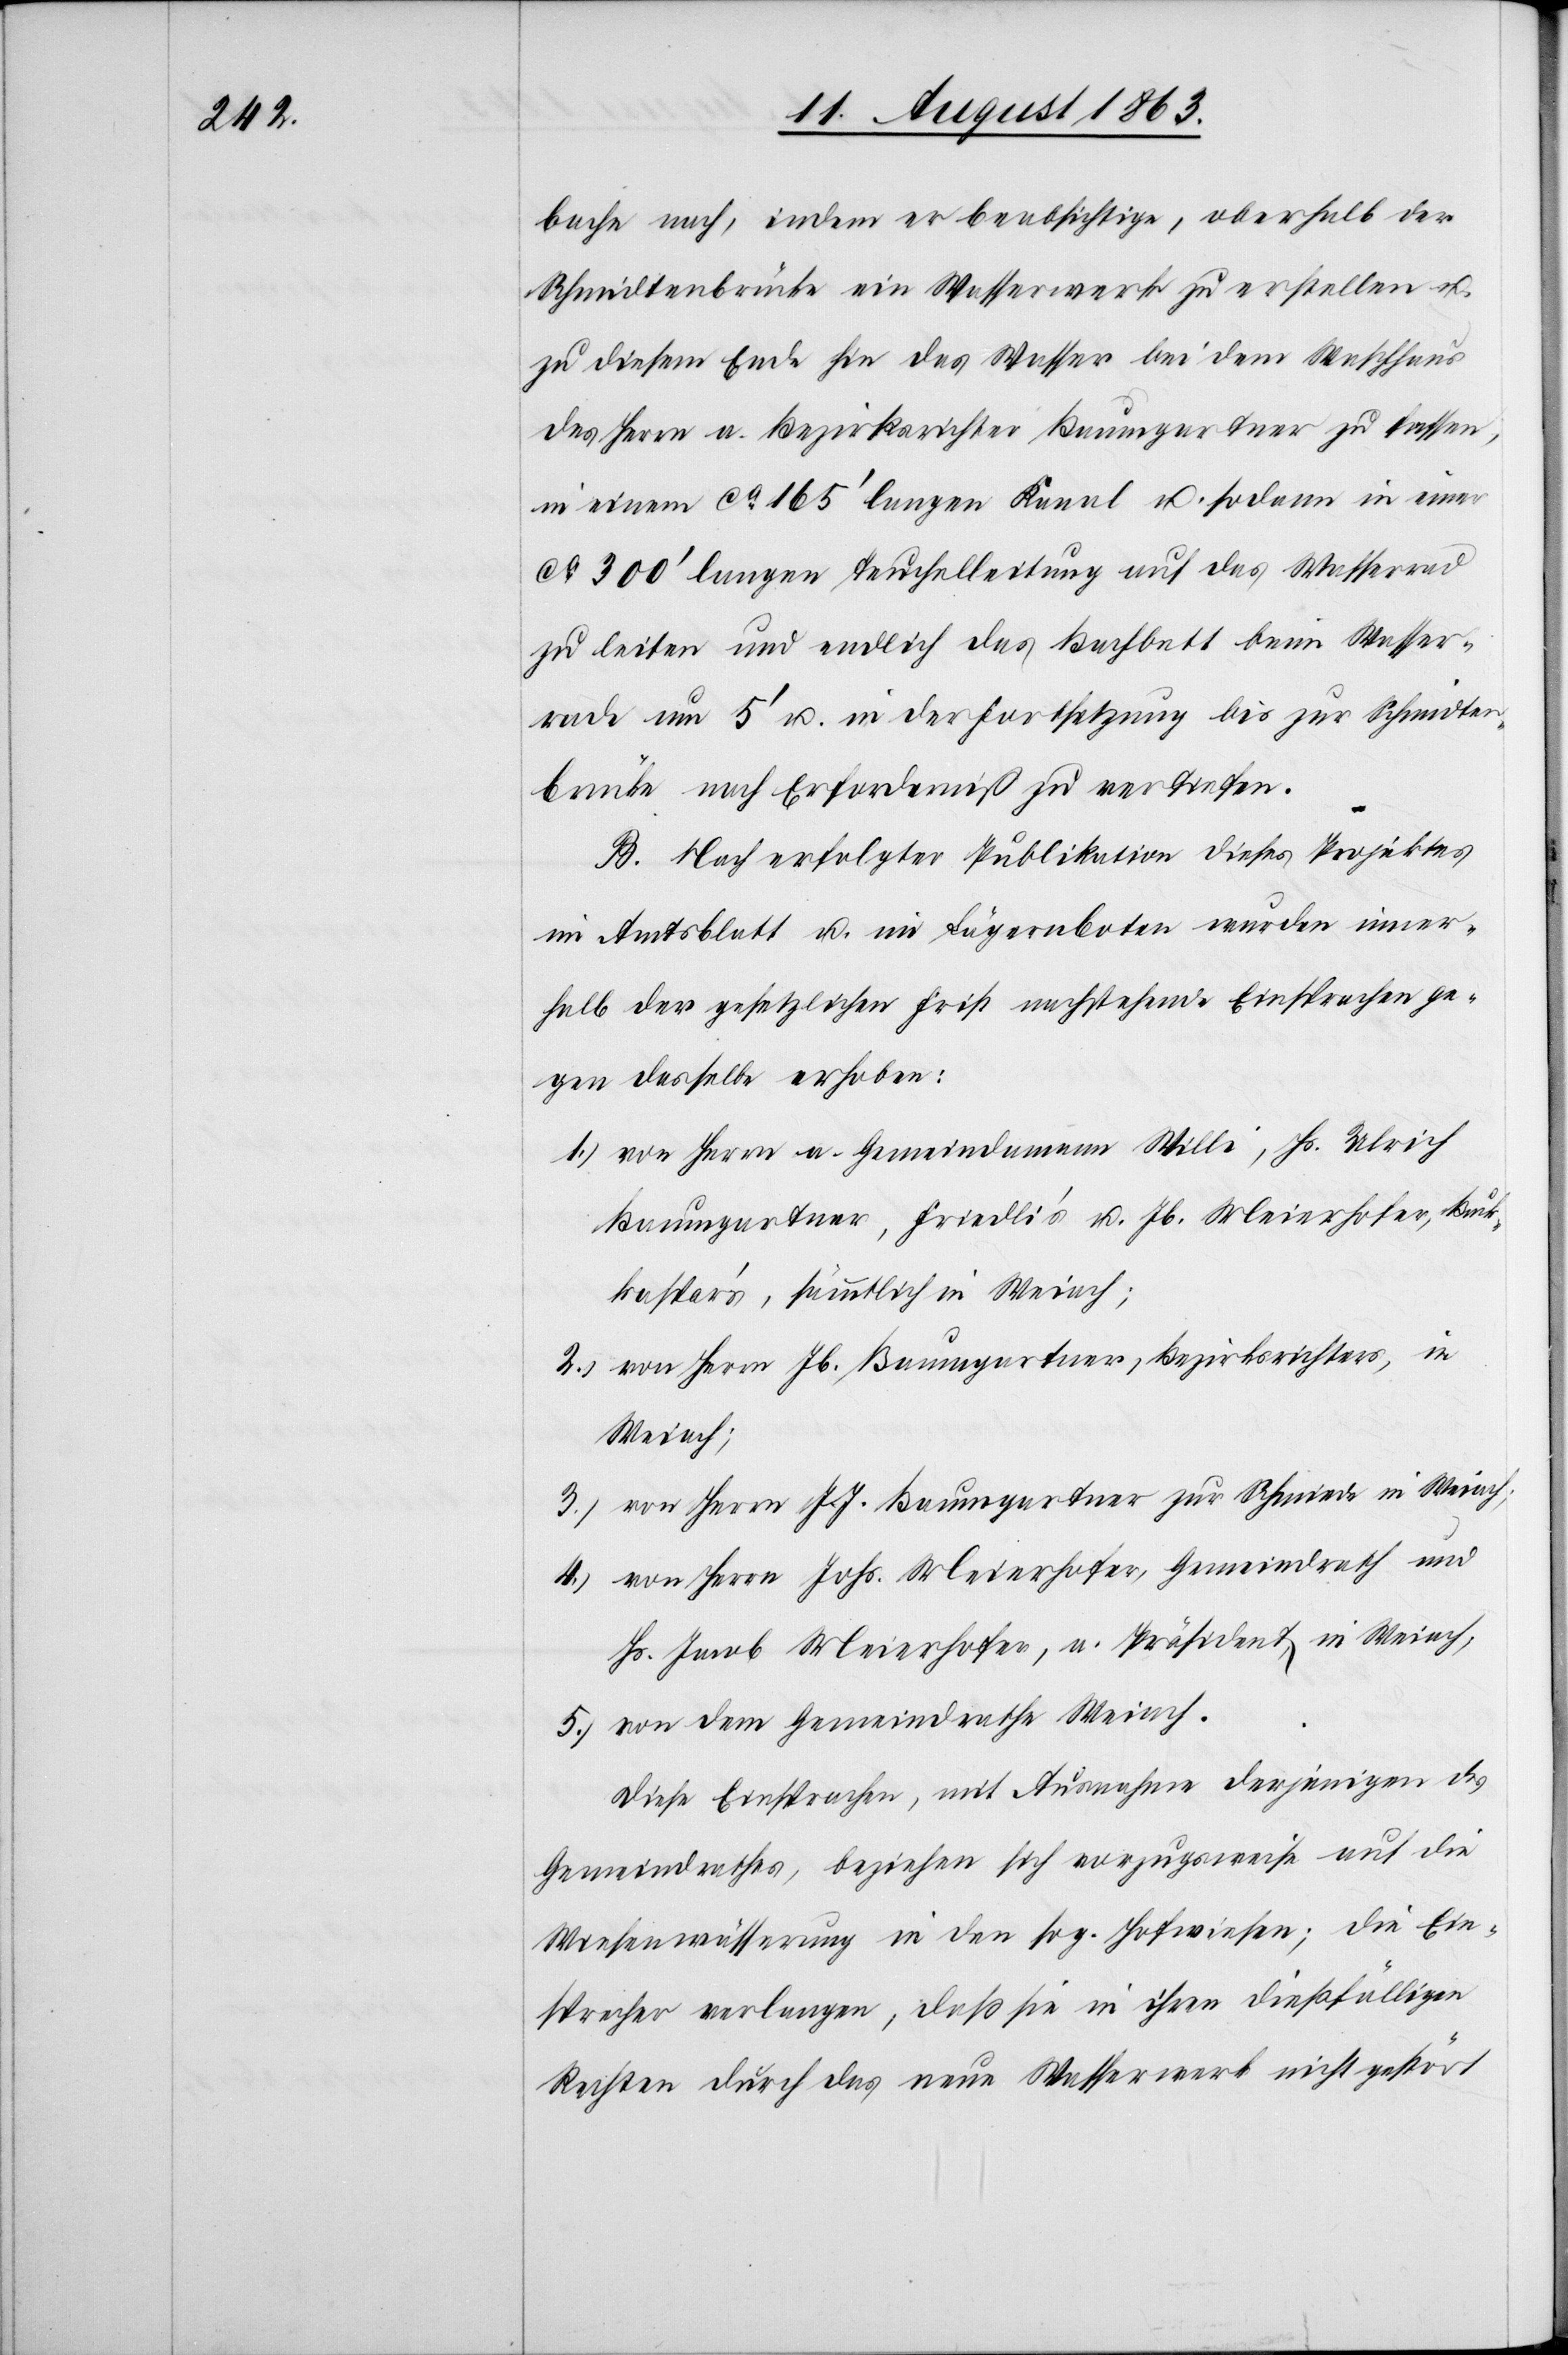
bache nach, indem er beabsichtige, oberhalb der
Schmidtenbrücke ein Wasserwerk zu erstellen u.
zu diesem Ende hin das Wasser bei dem Waschhaus
des Herrn a. Bezirksrichter Baumgartner zu fassen,
in einem ca 165' langen Kanal u. sodann in einer
ca 300' langen Teuchelleitung auf das Wasserrad
zu leiten und endlich das Bachbett beim Wasser¬
rade um 5' u. in der Fortsetzung bis zur Schmidten¬
brücke nach Erforderniß zu vertiefen.
B. Nach erfolgter Publikation dieses Projektes
im Amtsblatt u. im Lägernboten wurden inner¬
halb der gesetzlichen Frist nachstehende Einsprachen ge¬
gen dasselbe erhoben:
1.) von Herrn a. Gemeindamann Willi, Hs. Ulrich
Baumgartner, Friedli's u. Jb. Meierhofer, B[?uc¬
k]kaspar's, sämmtlich in Weiach;
2.) von Herrn Jb. Baumgartner, Bezirksrichters, in
Weiach;
3.) von Herrn J. J. Baumgartner zur Schmiede in Weiach;
4.) von Herrn Johs. Meierhofer, Gemeindrath und
Hs. Jacob Meierhofer, a. Präsident, in Weiach;
5.) von dem Gemeindrathe Weiach.
Diese Einsprachen, mit Ausnahme derjenigen des
Gemeindrathes, beziehen sich vorzugsweise auf die
Wiesenwässerung in den sog. Hofwiesen; die Ein¬
sprecher verlangen, daß sie in ihren dießfälligen
Rechten durch das neue Wasserwerk nicht gestört